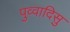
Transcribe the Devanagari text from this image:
पुव्वादिसु